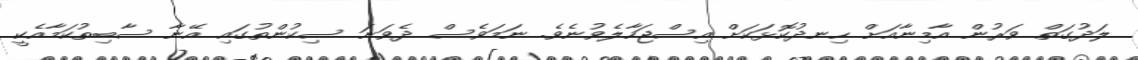
ލަދުގަތް ވަރުން އާމިނާއަށް ހިނދުކޮޅަކަށް އިސްޖަހާލެވުނެވެ. ނަމަވެސް ދެވަނަ ސިކުންތުގައި އޭނާ ސާބިތުކަމާއެކީ